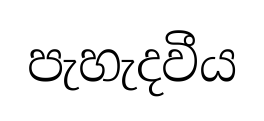
පැහැදවීය